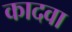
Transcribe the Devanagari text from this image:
कादवा